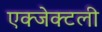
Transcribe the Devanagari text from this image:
एक्जेक्टली